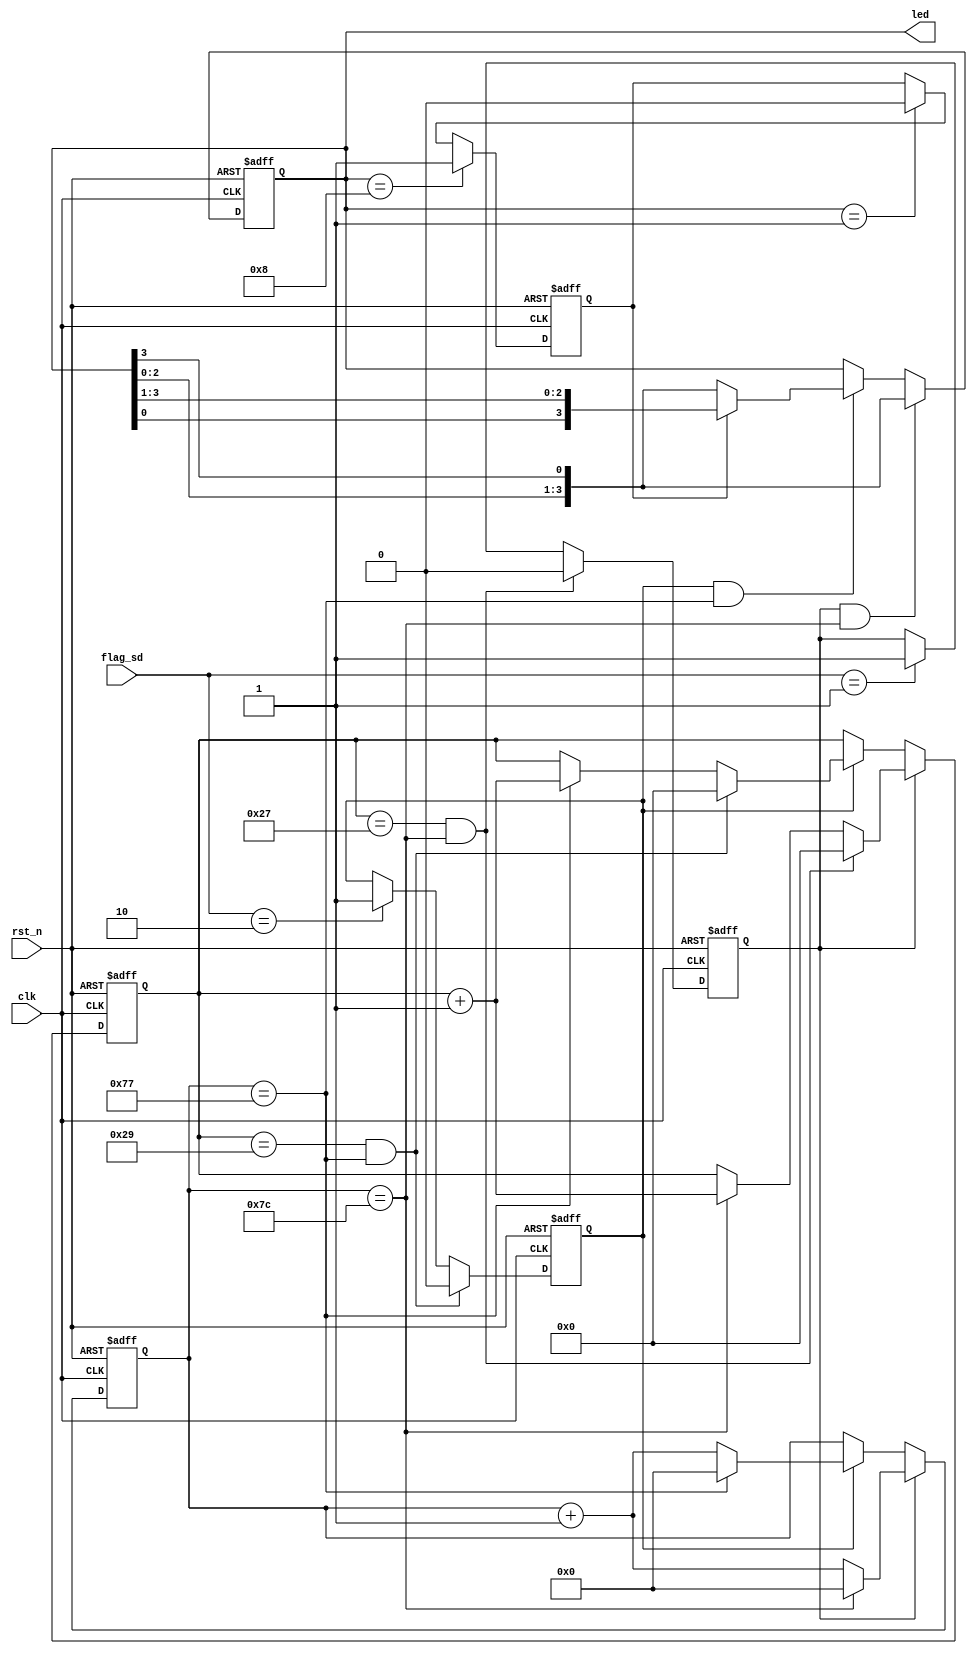
module led(
input		wire		    clk,
input		wire		    rst_n,
input		wire[1:0]		flag_sd,	
output		reg [3:0]		led	
	);
parameter	cnt_max=119;//11904760
parameter	cnt_max_1=124;//12499999;
reg flag_s;
reg flag_d;
reg [25:0]cnt_25;
reg [5:0]cnt_40;
reg flag_state;


always @(posedge clk or negedge rst_n) begin
	if (rst_n==1'b0) begin
		flag_d<='d0;	
	end
	else if (cnt_40==41 && cnt_25==cnt_max) begin
		flag_d <= 'd0;
	end
	else if (flag_sd == 2'b10) begin
		flag_d <= 1'b1;
	end
	else begin
		flag_d <= flag_d;
	end
end

always @(posedge clk or negedge rst_n) begin
	if (rst_n==1'b0) begin
		flag_s<='d0;	
	end
	else if (cnt_40==39 && cnt_25==cnt_max_1) begin
		flag_s <= 'd0;
		end
	else if (flag_sd ==2'b01) begin
		flag_s <= 1'b1;
	end
	else begin
		flag_s <= flag_s;
	end
end

always @(posedge clk or negedge rst_n) begin
	if (rst_n==1'b0) begin
		cnt_40 <='d0;
	end
	else if(flag_s==1'b1)
	begin 
	if (cnt_40==39 && cnt_25==cnt_max_1) begin
		        cnt_40 <='d0;
		end
	else if(cnt_25==cnt_max_1)begin
		        cnt_40 <=cnt_40 +1'b1;
		end
	end
	else if(flag_d==1'b1)
	begin if (cnt_40==41 && cnt_25==cnt_max) begin
		     cnt_40 <='d0;
		end
	else if(cnt_25==cnt_max)begin
		     cnt_40 <=cnt_40 +1'b1;
		end
	end
end

always @(posedge clk or negedge rst_n) begin
	if (rst_n==1'b0) begin
		cnt_25<='d0;
	end
	else if (flag_s==1'b1) begin
		if(cnt_25==cnt_max_1)
			cnt_25<='d0;
		else 
			cnt_25<=cnt_25+1'b1;
	end
	else if (flag_d==1'b1) begin
		if(cnt_25==cnt_max)
			cnt_25<='d0;
		else 
			cnt_25<=cnt_25+1'b1;
	end
end

always @(posedge clk or negedge rst_n) begin
	if (rst_n==1'b0) begin
		led<=4'b0001;
	end
	else if (flag_s==1'b1 && cnt_25==cnt_max_1) begin
		led<={led[2:0],led[3]};
	end
	else if(flag_d==1'b1&& cnt_25==cnt_max )begin
		 if(flag_state =='d1)begin
			led	<= {led[0],led[3:1]};
		end
		else if(flag_state =='d0)
			led	<= {led[2:0],led[3]};
	end
	else begin
	 	led<=led;
	end
end

always @(posedge clk or negedge rst_n) begin
	if (rst_n==1'b0) begin
		flag_state<='d0;
	end
	else if (led==4'b1000) begin
		flag_state<='d1;
	end
	else if (led==4'b0001) begin
		flag_state<='d0;
	end
	else begin
		flag_state <= flag_state;
	end
end

endmodule